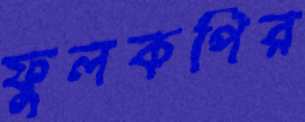
ফুলকপির